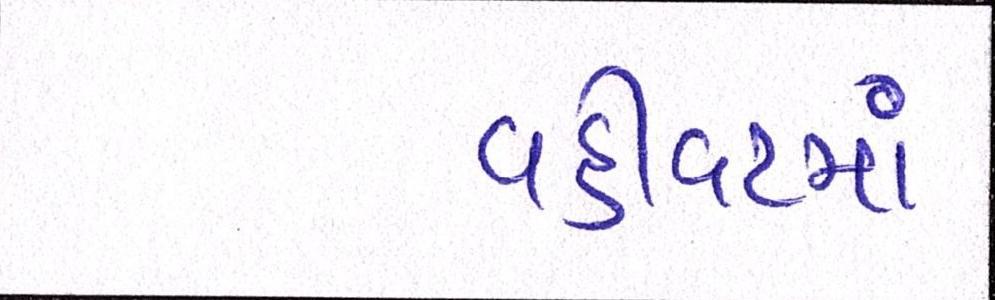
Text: વહીવટમાં